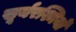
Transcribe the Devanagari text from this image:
सूर्यरश्मियों